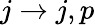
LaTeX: j\rightarrow j,p